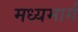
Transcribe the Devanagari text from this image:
मध्‍यमार्ग